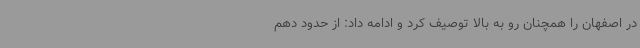
در اصفهان را همچنان رو به بالا توصیف کرد و ادامه داد: از حدود دهم